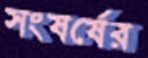
সংষর্ষের